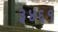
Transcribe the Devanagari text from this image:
३४६१